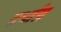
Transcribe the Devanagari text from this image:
दर्भाग्र